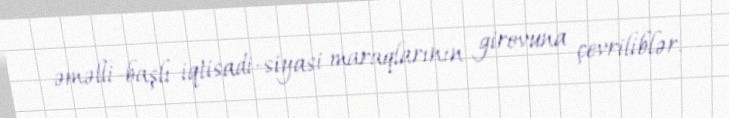
əməlli-başlı iqtisadi-siyasi maraqlarının girovuna çevriliblər.